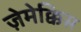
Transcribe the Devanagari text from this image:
ज़ेमेक्किस